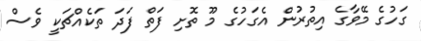
ގަހުގެ މޭވާގެ އިތުރުން އެގަހުގެ މޫ ތޮށި ފަތް ފަދަ ތަކެއްޗަކީ ވެސް